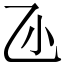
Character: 𠃝